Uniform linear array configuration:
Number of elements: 16
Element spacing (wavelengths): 0.5
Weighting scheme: hann
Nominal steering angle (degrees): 15
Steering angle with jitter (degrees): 15.266
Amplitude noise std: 0.05
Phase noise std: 0.05

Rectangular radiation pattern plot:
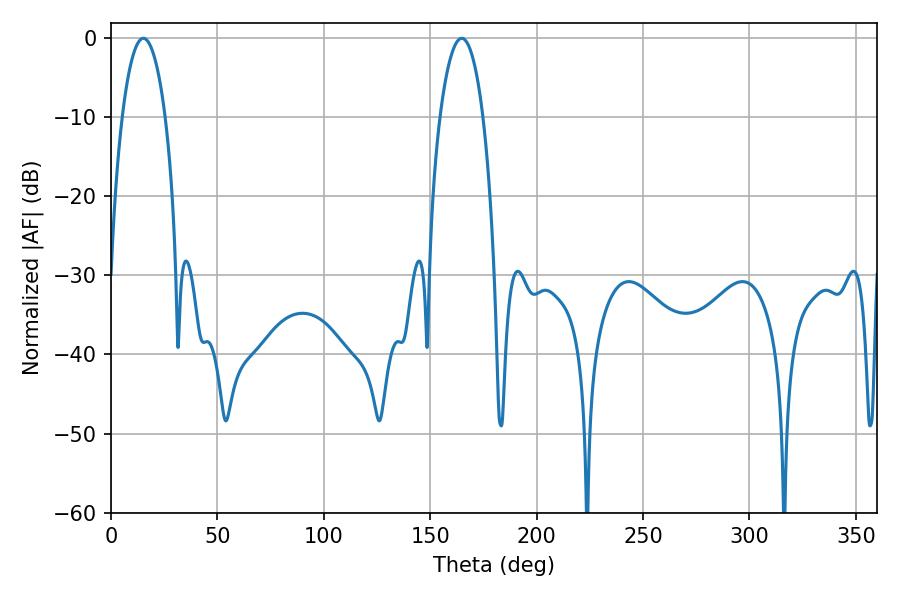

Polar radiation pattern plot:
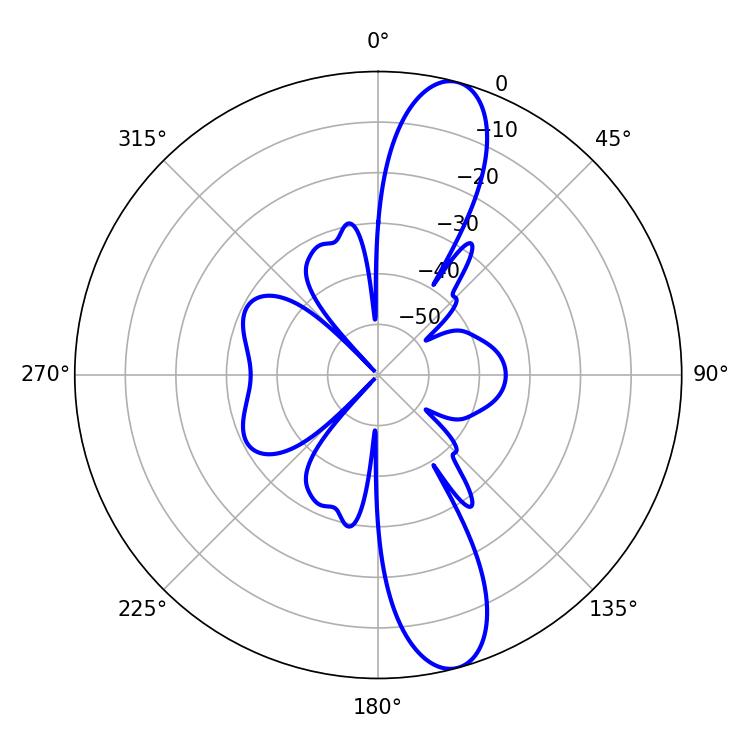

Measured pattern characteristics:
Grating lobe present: FALSE
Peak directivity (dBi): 12.611
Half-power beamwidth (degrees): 11.34
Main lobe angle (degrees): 15.12